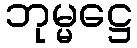
ဘုမ္မဋ္ဌေ